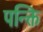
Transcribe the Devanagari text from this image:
पन्क्ति